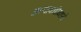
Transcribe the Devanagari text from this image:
अल्पावधीमध्ये